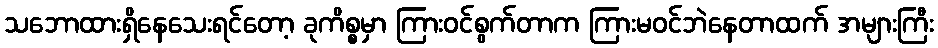
သဘောထားရှိနေသေးရင်တော့ ခုကိစ္စမှာ ကြားဝင်စွက်တာက ကြားမဝင်ဘဲနေတာထက် အများကြီး